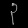
Digit: ၃